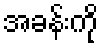
အခန်းကို